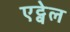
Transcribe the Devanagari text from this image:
एट्वेल